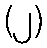
(၂)